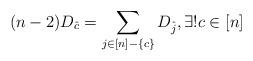
LaTeX: \begin{align*} (n-2) D_{\hat c} = \sum_{j\in [n]-\{c\}} D_{\hat j} , \exists ! c\in [n] \end{align*}